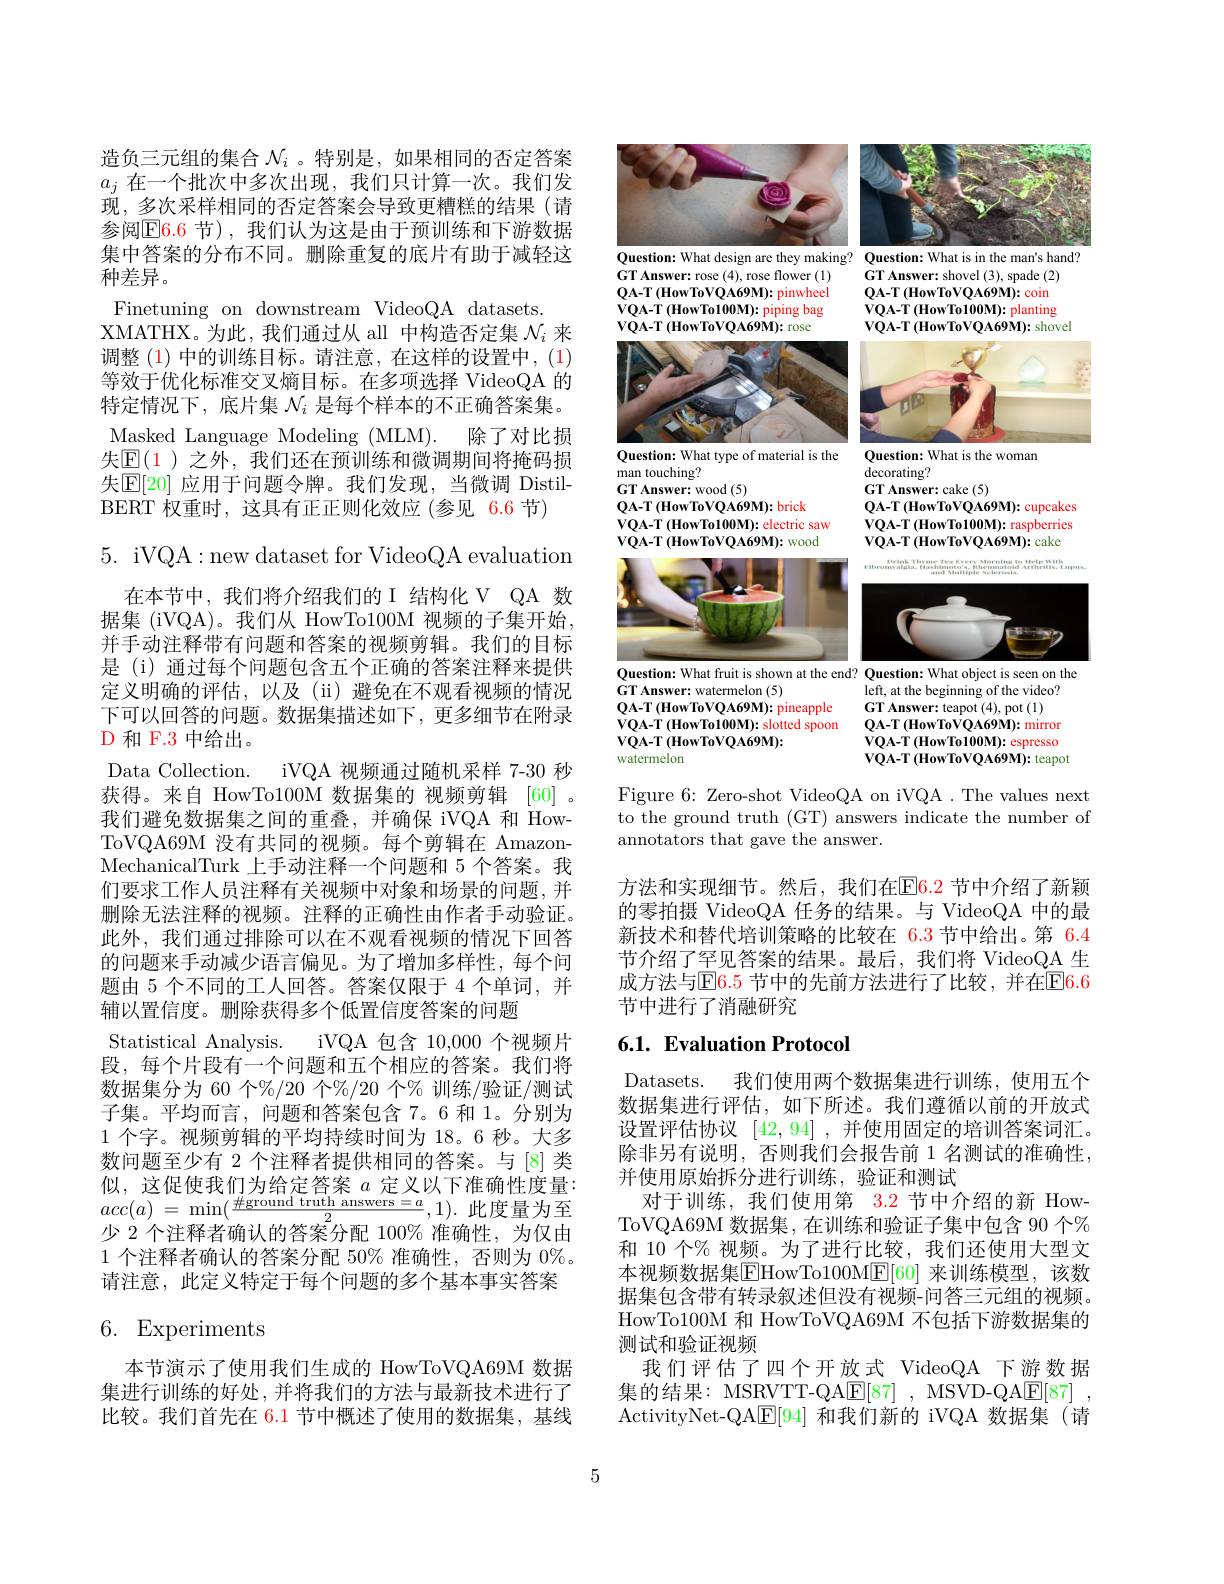
造负三元组的集合$\mathcal{N}_i$ 。特别是，如果相同的否定答案$a_j$在一个批次中多次出现，我们只计算一次。我们发现，多次采样相同的否定答案会导致更糟糕的结果(请参阅$\overline{\mathrm{E}}6.6$ 节),我们认为这是由于预训练和下游数据集中答案的分布不同。删除重复的底片有助于减轻这种差异。
Finetuning on downstream VideoQA datasets.
XMATHX。为此，我们通过从 all 中构造否定集$\mathcal{N}_i$来调整 (1) 中的训练目标。请注意，在这样的设置中，$(\color{red}{1})$ 等效于优化标准交叉熵目标。在多项选择 VideoQA 的特定情况下，底片集$\mathcal{N}_i$是每个样本的不正确答案集。Masked Language Modeling (MLM). 除了对比损失$\mathbb{E}(1)$ 之外，我们还在预训练和微调期间将掩码损失$\operatorname{E}[20]$ 应用于问题令牌。我们发现，当微调 DistilBERT 权重时，这具有正正则化效应 (参见 6.6 节)
5. iVQA:new dataset for VideoQA evaluation
在本节中，我们将介绍我们的 I 结构化 V QA 数据集 (iVQA)。我们从 HowTo100M 视频的子集开始， 并手动注释带有问题和答案的视频剪辑。我们的目标是 (i) 通过每个问题包含五个正确的答案注释来提供定义明确的评估，以及(ii)避免在不观看视频的情况下可以回答的问题。数据集描述如下，更多细节在附录D 和 F.3 中给出。
Data Collection. iVQA 视频通过随机采样 7-30 秒获得。来自 HowTo100M 数据集的 视频剪辑 [60] 。我们避免数据集之间的重叠，并确保 iVQA 和 HowToVQA69M 没有共同的视频。每个剪辑在 AmazonMechanicalTurk 上手动注释一个问题和 5 个答案。我们要求工作人员注释有关视频中对象和场景的问题，并删除无法注释的视频。注释的正确性由作者手动验证。此外，我们通过排除可以在不观看视频的情况下回答的问题来手动减少语言偏见。为了增加多样性，每个间题由 5 个不同的工人回答。答案仅限于 4 个单词，并辅以置信度。删除获得多个低置信度答案的问题
Statistical Analysis. iVQA 包含 10,000 个视频片段，每个片段有一个问题和五个相应的答案。我们将数据集分为 60 个%/20 个%/20 个% 训练/验证/测试子集。平均而言，问题和答案包含 7。6 和 1。分别为1个字。视频剪辑的平均持续时间为 18。6 秒。大多数问题至少有 2 个注释者提供相同的答案。与 [8] 类似，这促使我们为给定答案$a$定义以下准确性度量： $acc( a)$ = $\operatorname* { min} ( \frac {\# \mathrm{ground~truth~answers}= a}2, 1) .$此度量为至少 2 个注释者确认的答案分配 100% 准确性，为仅由1个注释者确认的答案分配 50% 准确性，否则为$0\%$。请注意，此定义特定于每个问题的多个基本事实答案6. Experiments

本节演示了使用我们生成的 HowToVQA69M 数据集进行训练的好处，并将我们的方法与最新技术进行了比较。我们首先在$\color{red}{6.1}$节中概述了使用的数据集，基线

<FigureHere>

Figure 6: Zero-shot VideoQA on iVQA .The values next to the ground truth (GT) answers indicate the number of annotators that gave the answer.

的零拍摄 VideoQA 任务的结果。与 VideoQA 中的最新技术和替代培训策略的比较在 6.3 节中给出。第 6.4节介绍了罕见答案的结果。最后，我们将 VideoQA 生成方法与$\color{red}{\mathrm{E}}\color{blue}{\mathrm{6.5~}}$节中的先前方法进行了比较，并在$\color{red}{\mathrm{E}}\color{red}{\mathrm{6.6}}$ 节中进行了消融研究

# 6.1. Evaluation Protocol

Datasets. 我们使用两个数据集进行训练，使用五个数据集进行评估，如下所述。我们遵循以前的开放式设置评估协议[42,94] ,并使用固定的培训答案词汇。除非另有说明，否则我们会报告前 1 名测试的准确性， 并使用原始拆分进行训练，验证和测试
对于训练，我们使用第 3.2 节中介绍的新 HowToVQA69M 数据集 ,在训练和验证子集中包含 90 个% 和 10 个% 视频。为了进行比较，我们还使用大型文本视频数据集$\boxed{\mathrm{E}}$HowTo100M$\boxed{\mathrm{F}}[60]$ 来训练模型，该数据集包含带有转录叙述但没有视频-问答三元组的视频。HowTo100M 和 HowToVQA69M 不包括下游数据集的测试和验证视频
我们评估了四个开放式 VideoQA 下游数据集的结果：MSRVTT-QA$\underline {\mathrm{E} }[ 87]$ , MSVD-QA$\underline{\mathrm{E}}[87]$ ActivityNet-QA$\boxed{\mathrm{F}}[94]$和我们新的 iVQA 数据集(请

5